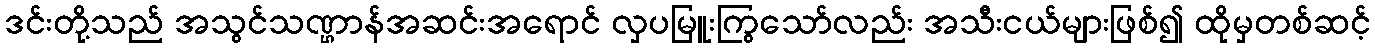
ဒင်းတို့သည် အသွင်သဏ္ဌာန်အဆင်းအရောင် လှပမြူးကြွသော်လည်း အသီးငယ်များဖြစ်၍ ထိုမှတစ်ဆင့်